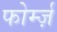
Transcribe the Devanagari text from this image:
फोर्म्ज़